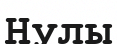
Нулы